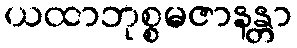
ယထာဘုစ္စမဇာနန္တာ